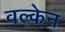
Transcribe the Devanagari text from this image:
वल्केन